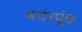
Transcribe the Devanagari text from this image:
बदंरपूंछ